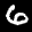
Label: 6